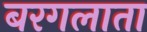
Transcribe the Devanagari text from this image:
बरगलाता